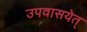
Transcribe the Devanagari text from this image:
उपवासयेत्